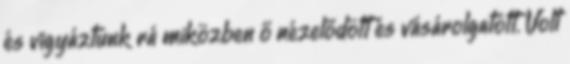
és vigyáztunk rá miközben ő nézelődött és vásárolgatott. Volt